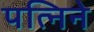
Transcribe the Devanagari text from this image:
पत्निने